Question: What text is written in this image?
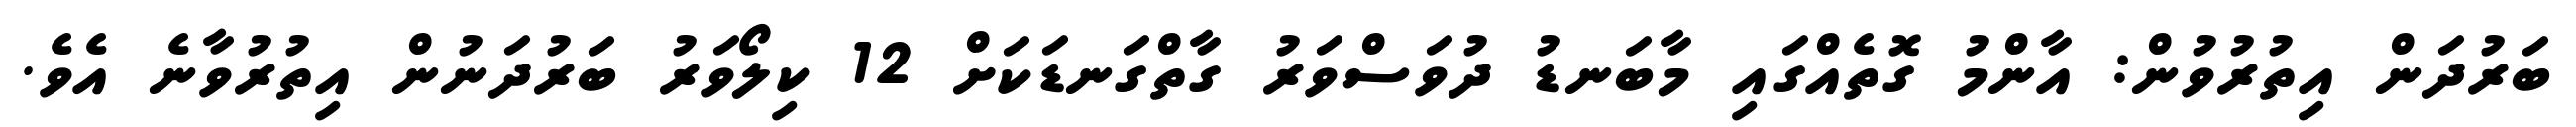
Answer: ބަރުދަން އިތުރުވުން: އާންމު ގޮތެއްގައި މާބަނޑު ދުވަސްވަރު ގާތްގަނޑަކަށް 12 ކިލޯވަރު ބަރުދަނުން އިތުރުވާނެ އެވެ.